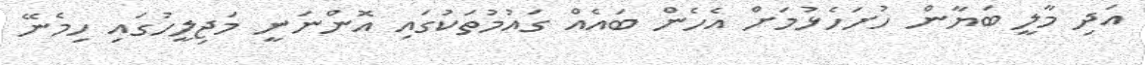
އަދި މާލީ ބަޔާން ހުށަހެޅުމަށް އެހެން ބައެއް ގައުމުތަކުގައި އޮންނަނީ މަޖިލީހުގައި ހިމެނޭ